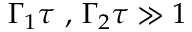
\Gamma _ { 1 } \tau \mathrm { ~ , ~ } \Gamma _ { 2 } \tau \gg 1